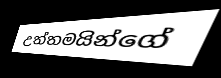
උත්තමයින්ගේ